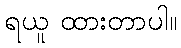
ရယူ ထားတာပါ။